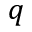
q